Vaccination in Burma 1920-1933 - 1920-1933
Year: 1920
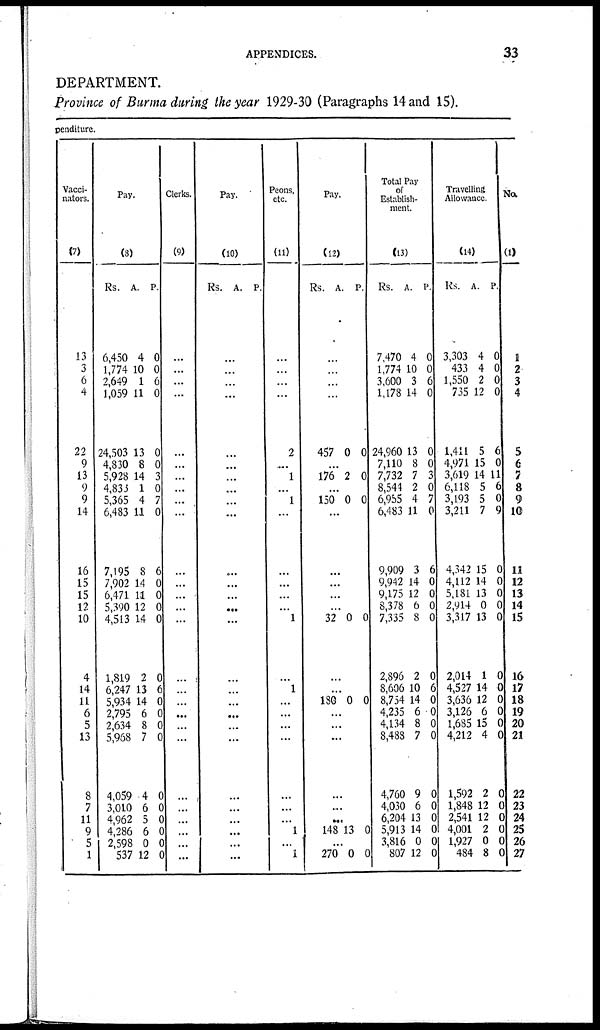
APPENDICES.
33
DEPARTMENT.
Province of Burma during the year 1929-30 (Paragraphs 14 and 15).
penditure.
Vacci-
nators.
(7)
13
3
6
4
22
9
13
9
9
14
16
15
15
12
10
4
14
11
6
5
13
8
7
11
9
5
1
Pay.
(8)
Rs.
6,450
1,774
2,649
1,059
24,503
4,830
5,928
4,833
5,365
6,483
7,195
7,902
6,471
5,390
4,513
1,819
6,247
5,934
2,795
2,634
5,968
4,059
3,010
4,962
4,286
2,598
537
A.
4
10
1
11
13
8
14
1
4
11
8
14
11
12
14
2
13
14
6
8
7
4
6
5
6
0
12
P.
0
0
6
0
0
0
3
0
7
0
6
0
0
0
0
0
6
0
0
0
0
0
0
0
0
0
0
Clerks.
(9)
...
...
...
...
...
...
...
...
...
...
...
...
...
...
...
...
...
...
...
...
...
...
...
...
...
...
...
Pay.
(10)
Rs. A. P.
...
...
...
...
...
...
...
...
...
...
...
...
...
...
...
...
...
...
...
...
...
...
...
...
...
...
...
Peons,
etc.
(11)
...
...
...
...
2
...
1
...
1
...
...
...
...
...
1
...
1
...
...
...
...
...
...
...
1
...
1
Pay.
(12)
Rs. A. P.
...
...
...
...
457 0 0
...
176 2 0
...
150 0 0
...
...
...
...
...
32 0 0
...
...
130 0 0
...
...
...
...
....
...
148 13 0
...
270 0 0
Total Pay
of
Establish-
ment.
(13)
Rs.
7,470
1,774
3,600
1,178
24,960
7,110
7,732
8,544
6,955
6,483
9,909
9,942
9,175
8,378
7,335
2,896
8,606
8,754
4,235
4,134
8,488
4,760
4,030
6,204
5,913
3,816
807
A.
4
10
3
14
13
8
7
2
4
11
3
14
12
6
8
2
10
14
6
8
7
9
6
13
14
0
12
P.
0
0
6
0
0
0
3
0
7
0
6
0
0
0
0
0
6
0
0
0
0
0
0
0
0
0
0
Travelling
Allowance.
(14)
Rs.
3,303
433
1,550
735
1,411
4,971
3,619
6,118
3,193
3,211
4,342
4,112
5,181
2,914
3,317
2,014
4,527
3,636
3,126
1,685
4,212
1,592
1,848
2,541
4,001
1,927
484
A.
4
4
2
12
5
15
14
5
5
7
15
14
13
0
13
1
14
12
6
15
4
2
12
12
2
0
8
P.
0
0
0
0
6
0
11
6
0
9
0
0
0
0
0
0
0
0
0
0
0
0
0
0
0
0
0
No.
(1)
1
2
3
4
5
6
7
8
9
10
11
12
13
14
15
16
17
18
19
20
21
22
23
24
25
26
27